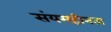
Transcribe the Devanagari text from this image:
संयमहीनता